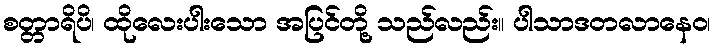
စတ္တာရိပိ၊ ထိုလေးပါးသော အပြင်တို့ သည်လည်း။ ပါသာဒတလာနေဝ၊